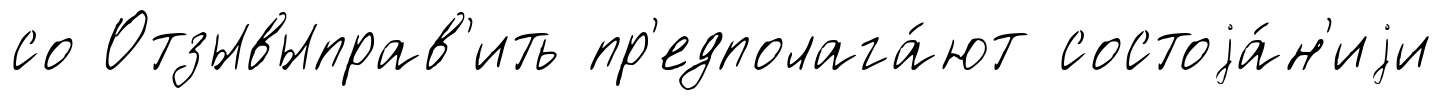
со Отзывыправ'ить пр'едполага́ют состоjа́н'иjи